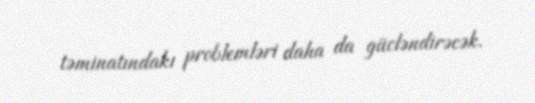
təminatındakı problemləri daha da gücləndirəcək.